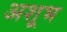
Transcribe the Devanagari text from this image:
अशूभ